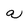
Character: a